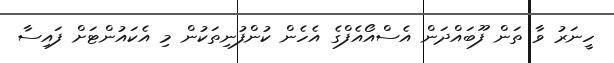
ހީނަރު ވާ ތަން ފޫބައްދަން އެސްއޯއެފްގެ އެހެން ކުންފުނިތަކުން މި އެކައުންޓަށް ފައިސާ